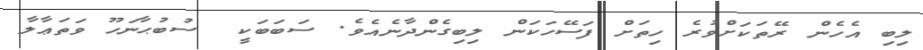
ލިބި އެހެން ރޭތަކަށްވުރެ ހިތަށް ފަސޭހަކަން ލިބިގެންދާނެއެވެ. ސަބަބަކީ  ސުބުޙާނަހޫ ވަތަޢާލާ